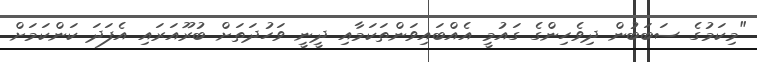
"މިކަމުގެ ސަބަބުން ދިވެހިންގެ ގައުމީ އެއްބައިވަންތަކަމާއި ދީނީ ވަހުދަތަށް ބުރޫއަރައި އެފަދަ ކަންކަމަށް